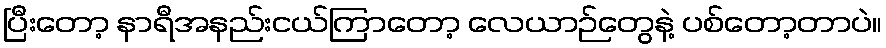
ပြီးတော့ နာရီအနည်းငယ်ကြာတော့ လေယာဉ်တွေနဲ့ ပစ်တော့တာပဲ။